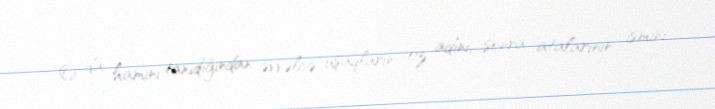
O da hamını tanıdığından əvvəlcə uşaqların öz adını, sonra atalarının ismini